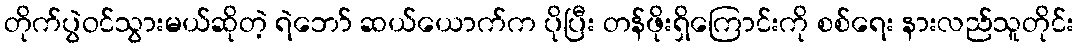
တိုက်ပွဲဝင်သွားမယ်ဆိုတဲ့ ရဲဘော် ဆယ်ယောက်က ပိုပြီး တန်ဖိုးရှိကြောင်းကို စစ်ရေး နားလည်သူတိုင်း